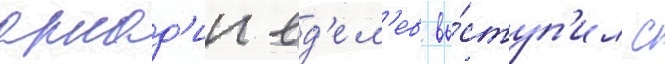
аркад'ии ед'ел'ев вы́ступ'ил с